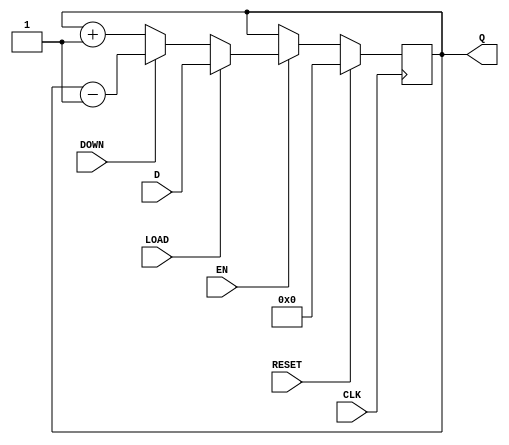
module GenericCounter (
	CLK,
	RESET,
	D,
	Q,
	EN,
	LOAD,
	DOWN
);
	parameter WIDTH = 8;
	input CLK;
	input RESET;
	input [WIDTH - 1:0] D;	
	output reg [WIDTH - 1:0] Q;
	input EN;
	input LOAD;
	input DOWN;
	always @ (posedge CLK)
		if(RESET)
			Q <= 0;
		else if(EN)
		begin
			if(LOAD)
				Q <= D;
			else if(DOWN)
				Q <= Q - 1;
			else
				Q <= Q + 1;
		end
endmodule